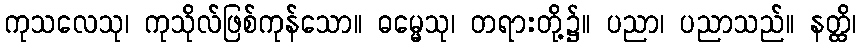
ကုသလေသု၊ ကုသိုလ်ဖြစ်ကုန်သော။ ဓမ္မေသု၊ တရားတို့၌။ ပညာ၊ ပညာသည်။ နတ္ထိ၊